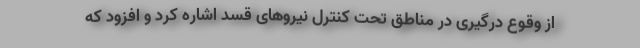
از وقوع درگیری در مناطق تحت کنترل نیروهای قسد اشاره کرد و افزود که